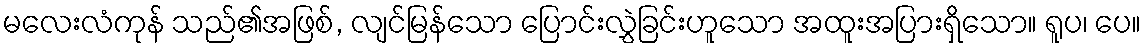
မလေးလံကုန် သည်၏အဖြစ်, လျင်မြန်သော ပြောင်းလွှဲခြင်းဟူသော အထူးအပြားရှိသော။ ရူပ၊ ပေ။